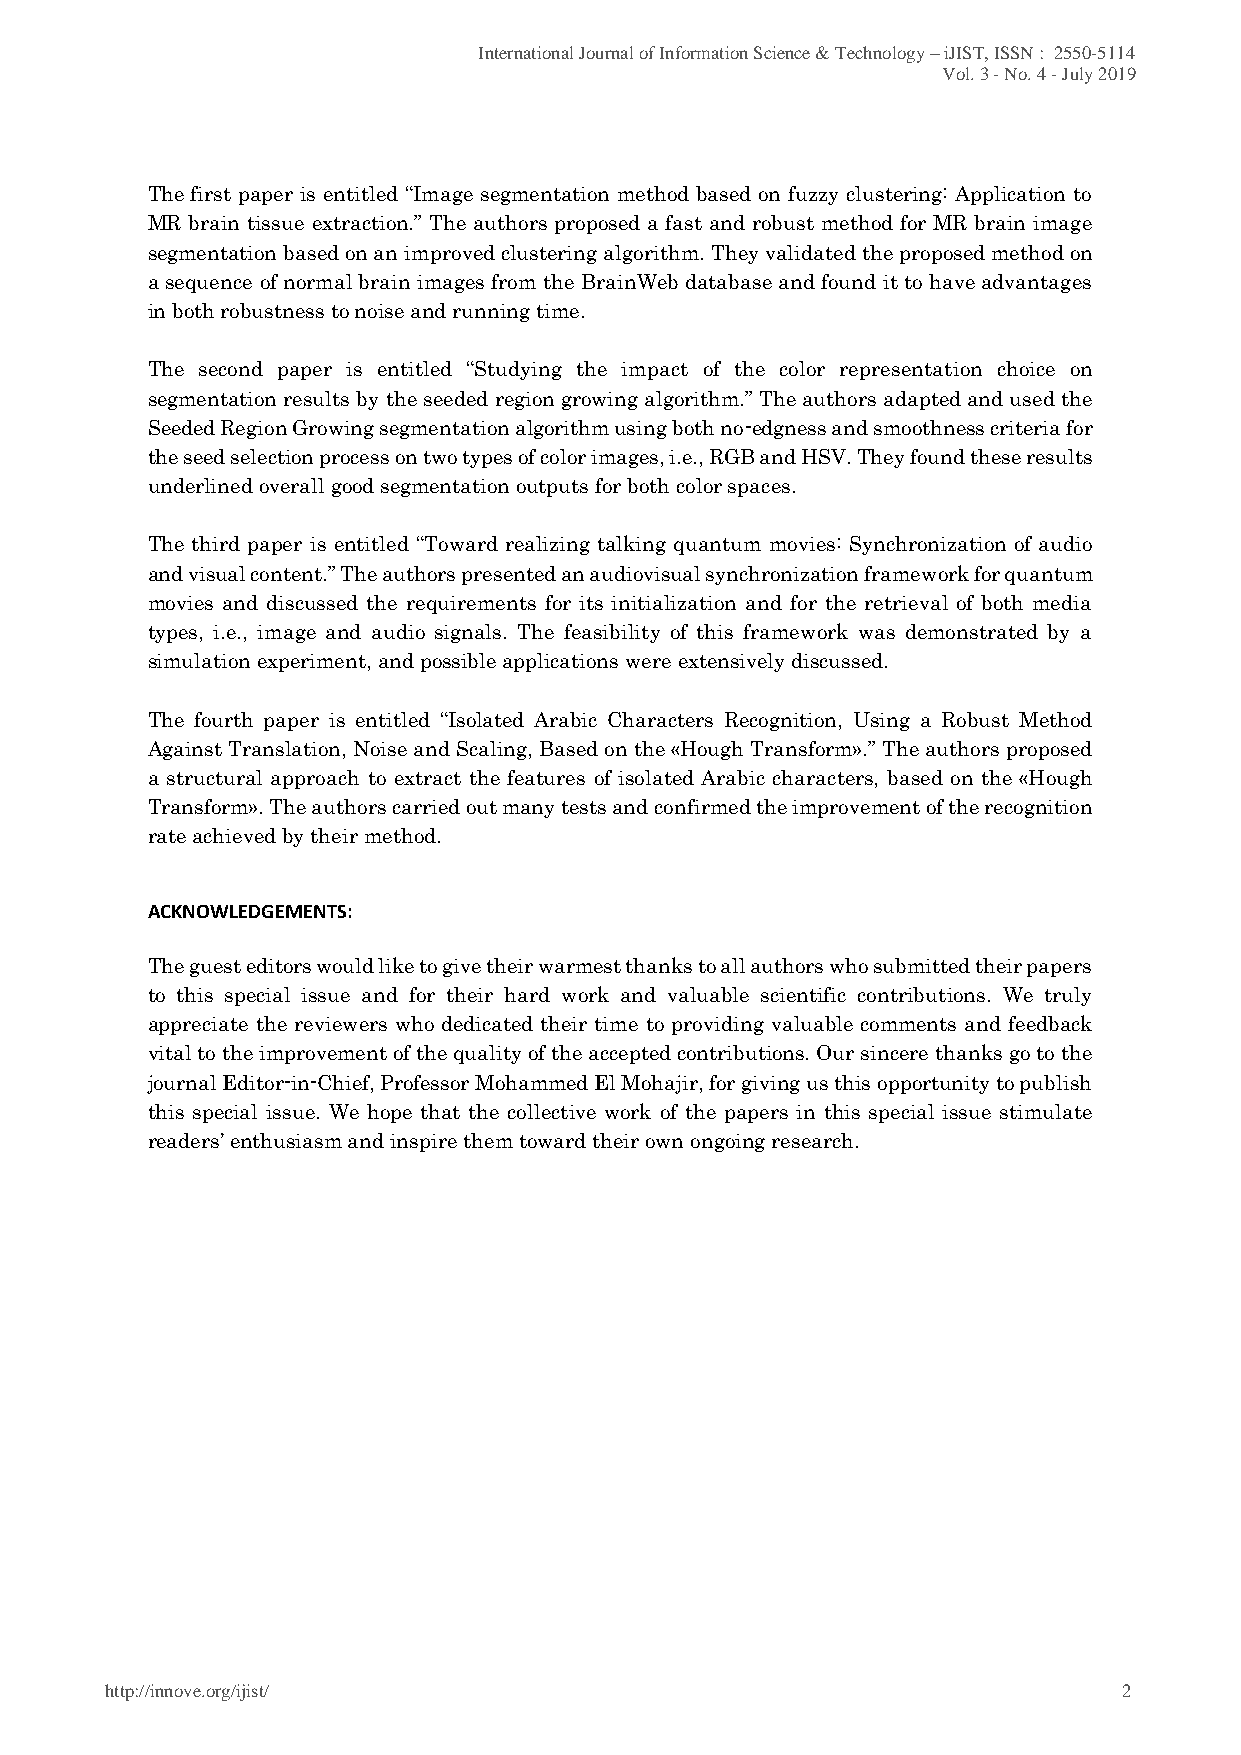
International Journal of Information Science & Technology – iJIST, ISSN : 2550-5114
 Vol. 3 - No. 4 - July 2019
 The first paper is entitled “Image segmentation method based on fuzzy clustering: Application to
 MR brain tissue extraction.” The authors proposed a fast and robust method for MR brain image
 segmentation based on an improved clustering algorithm. They validated the proposed method on
 a sequence of normal brain images from the BrainWeb database and found it to have advantages
 in both robustness to noise and running time.
 The second paper is entitled “Studying the impact of the color representation choice on
 segmentation results by the seeded region growing algorithm.” The authors adapted and used the
 Seeded Region Growing segmentation algorithm using both no-edgness and smoothness criteria for
 the seed selection process on two types of color images, i.e., RGB and HSV. They found these results
 underlined overall good segmentation outputs for both color spaces.
 The third paper is entitled “Toward realizing talking quantum movies: Synchronization of audio
 and visual content.” The authors presented an audiovisual synchronization framework for quantum
 movies and discussed the requirements for its initialization and for the retrieval of both media
 types, i.e., image and audio signals. The feasibility of this framework was demonstrated by a
 simulation experiment, and possible applications were extensively discussed.
 The fourth paper is entitled “Isolated Arabic Characters Recognition, Using a Robust Method
 Against Translation, Noise and Scaling, Based on the «Hough Transform».” The authors proposed
 a structural approach to extract the features of isolated Arabic characters, based on the «Hough
 Transform». The authors carried out many tests and confirmed the improvement of the recognition
 rate achieved by their method.
 ACKNOWLEDGEMENTS:
 The guest editors would like to give their warmest thanks to all authors who submitted their papers
 to this special issue and for their hard work and valuable scientific contributions. We truly
 appreciate the reviewers who dedicated their time to providing valuable comments and feedback
 vital to the improvement of the quality of the accepted contributions. Our sincere thanks go to the
 journal Editor-in-Chief, Professor Mohammed El Mohajir, for giving us this opportunity to publish
 this special issue. We hope that the collective work of the papers in this special issue stimulate
 readers’ enthusiasm and inspire them toward their own ongoing research.
 http://innove.org/ijist/                                           2